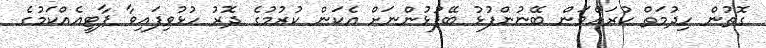
ގޮތުން ހިދުމަތް ކުރައްވަން ބޭނުންފުޅު ބޭފުޅުންނަށް އެކަން ކުރުމުގެ ދޮރު ހުޅުވިފައިވާ ޕާޓީއެއްކަމުގެ